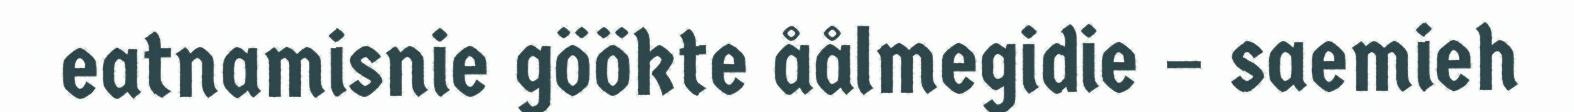
eatnamisnie göökte åålmegidie – saemieh